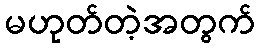
မဟုတ်တဲ့အတွက်